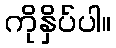
ကိုနှိပ်ပါ။